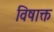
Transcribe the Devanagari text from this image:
विषाक्त